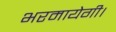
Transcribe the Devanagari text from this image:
भरमायेगी।